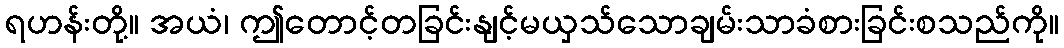
ရဟန်းတို့။ အယံ၊ ဤတောင့်တခြင်းနျင့်မယှသ်သောချမ်းသာခံစားခြင်းစသည်ကို။